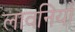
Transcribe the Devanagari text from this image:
लावनियों